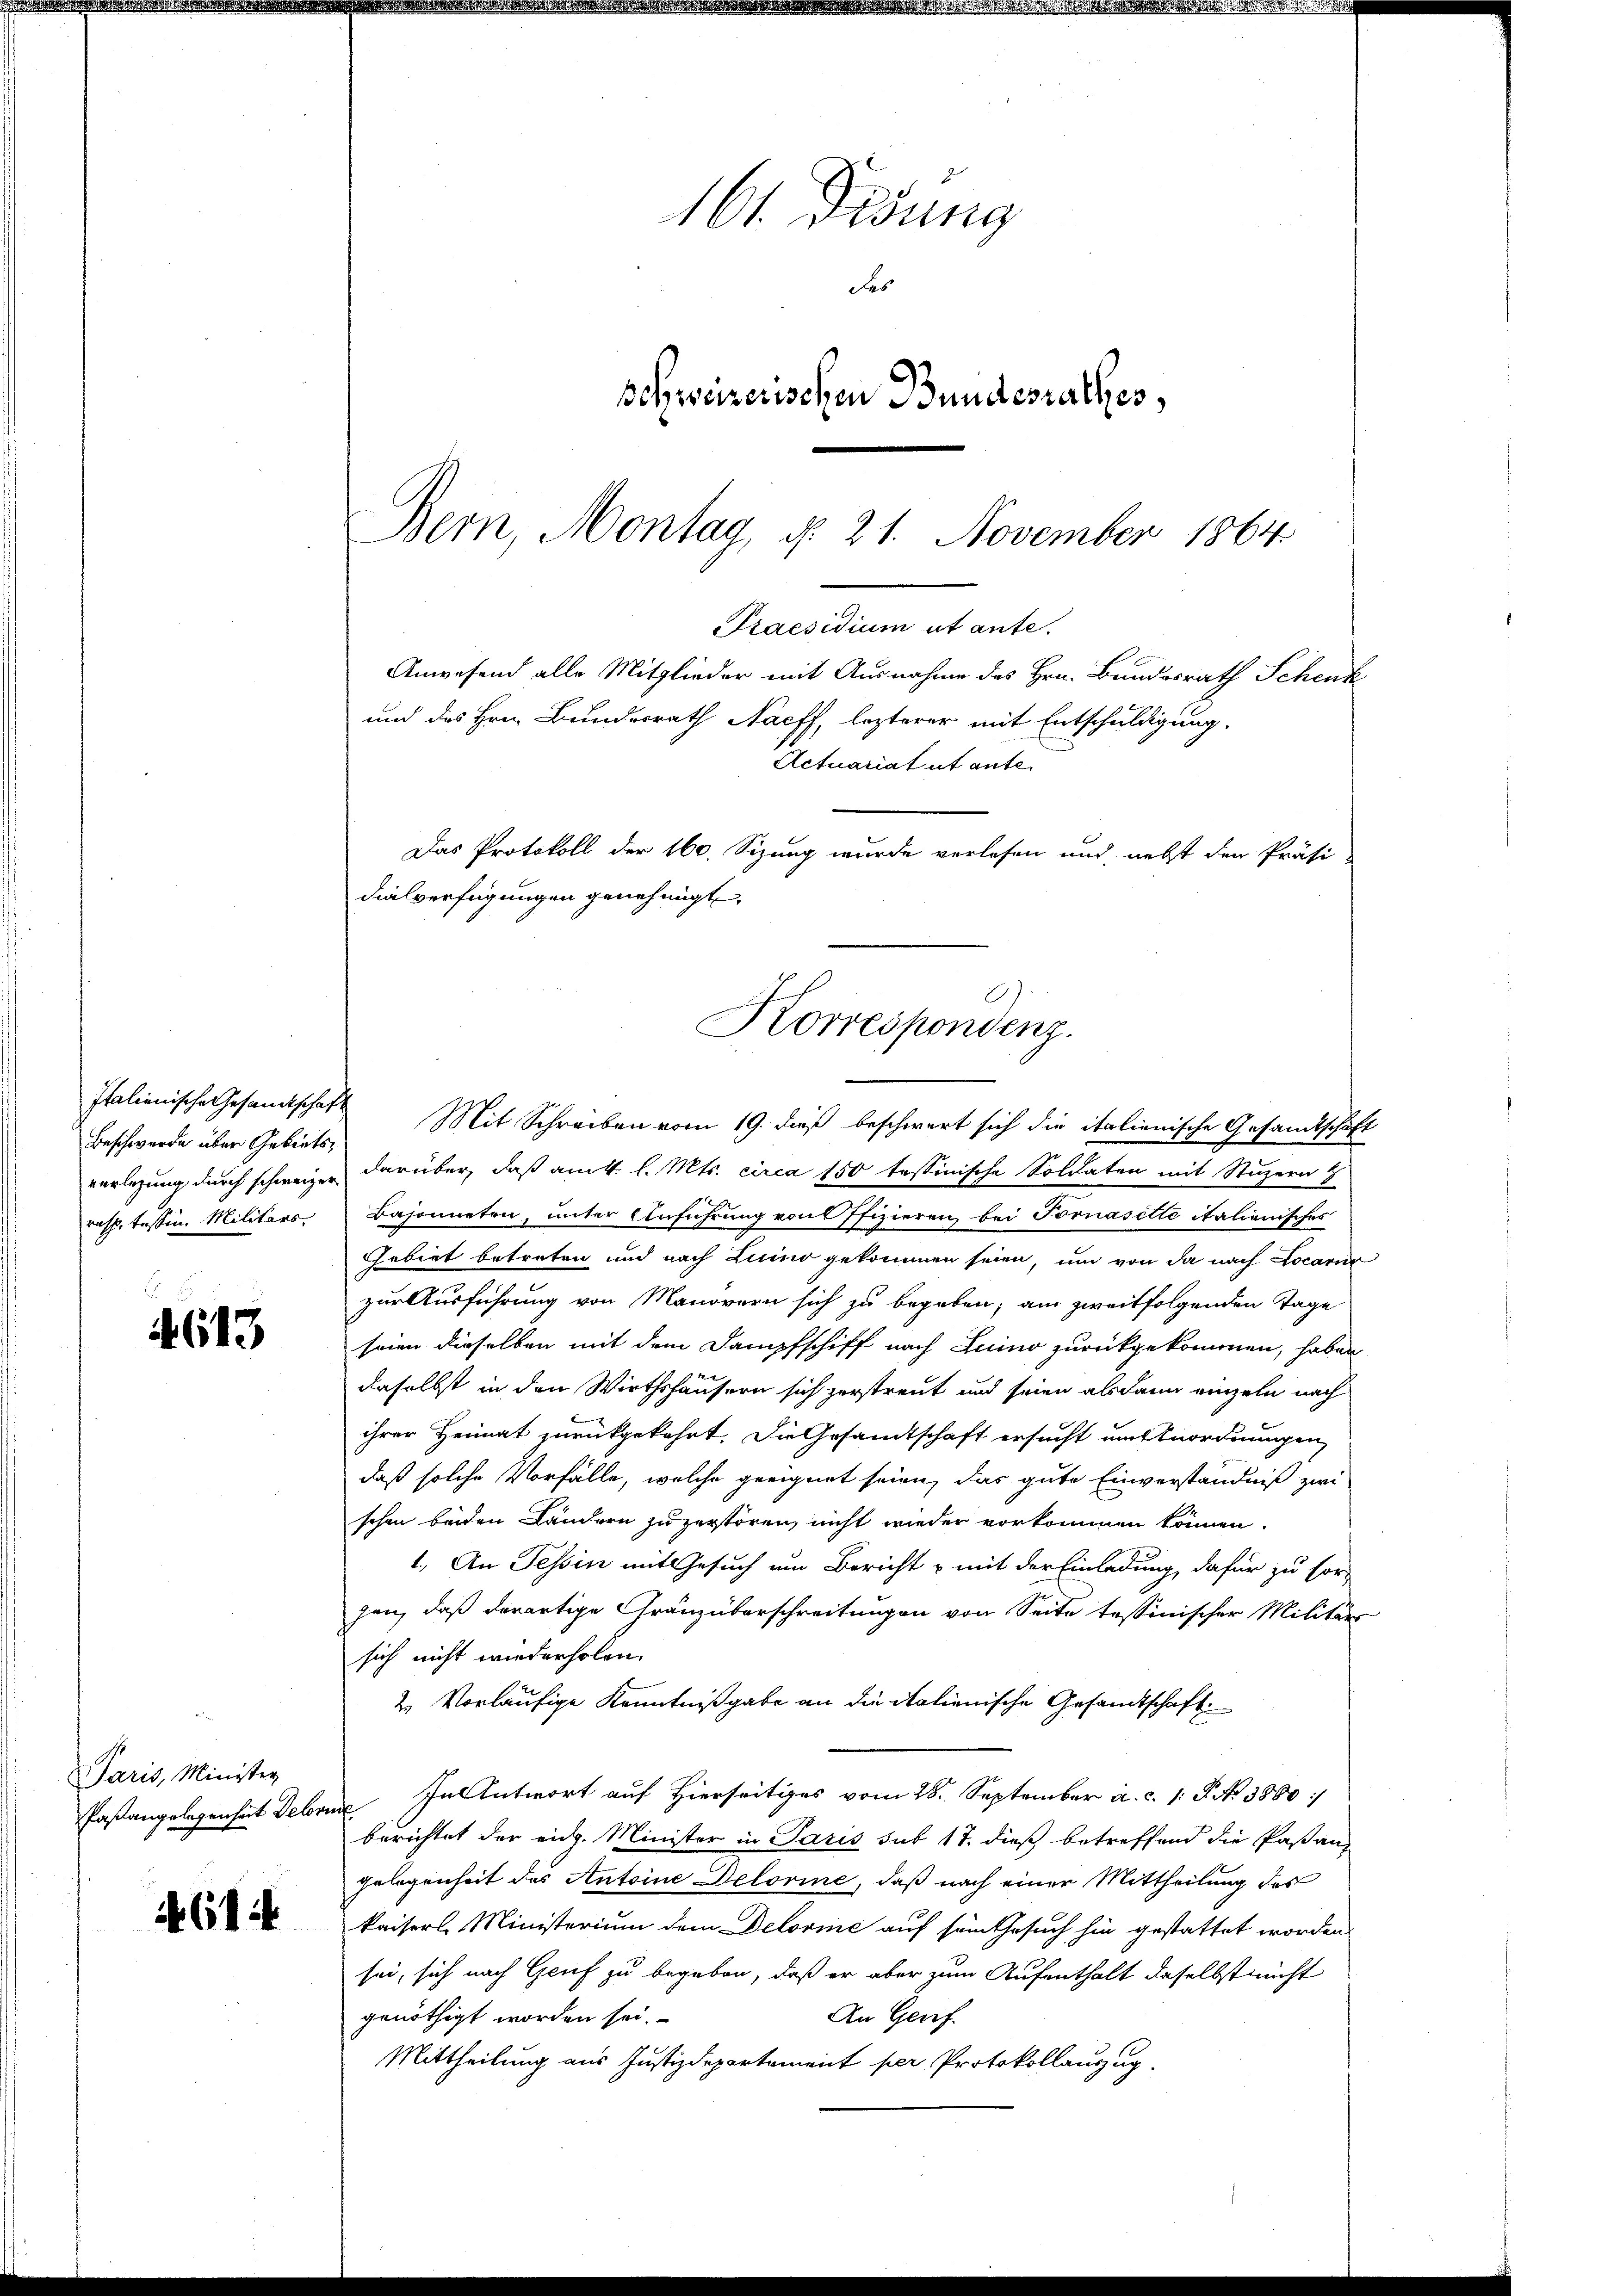
Beschwerde über Gebiets
resp. Tessin, Militärs

4613

Paris, Minister
Paßangelegenheit Dekori

614

verlegung durch schweizer darüber, daß am 4. l. Mts. circa 150 tessinische Soldaten mit Stuzern &
Basonneten, unter Einführung von Pfizieren bei Fornasette italienisches
Gebiet betreten und nach Luino gekommen seien, um von da nach Locarur
zur Ausführung von Manövern sich zu begeben; am zweitfolgenden Tage
seien dieselben mit dem Dampfschiff nach Luino zurückgekommen, haben
daselbst in den Wirthshäusern sich zerstreut und seien alsdann einzeln nach
ihrer Heimat zurückgekehrt. Die Gesamtschaft ersucht um Anordnungen
daß solche Vorfälle, welche geeignet seien, das gute Einverständniß zwi
schon beiden Ländern zu zerstören, nicht wieder vorkommen können.
1.) An Tessin mit Gesuch um Bericht & mit der Einladung, dafür zu sor-
gen, daß derartige Gränzüberschreitungen von Seite tessinischer Militärs
sich nicht wiederholen.
2. Vorläufige Kenntnißgabe an die italienische Gesandtschaft
In Antwort auf Hierseitiges vom 28. September a. c. 1: P. No 3860/
t
berichtet der eidg. Minister in Paris sub 17. dieß betreffend die Pastanz
Gelegenheit des Antoine Delorine, daß nach einer Mittheilung des
kaiserl. Ministerium dem Belović auf sein Gesuch hin gestattet worden
sei, sich nach Genf zu begeben, daß er aber zum Aufenthalt daselbst nicht
An Genf.
genöthigt worden sei.
Mittheilung aus Justizdepartement per Protokollauszug.

161. Didung
des
Behweizerischen Bundesrathes,

Bern, Montag, d. 21. November 1864
Praesidium ut ante.
Anwesend alle Mitglieder mit Ausnahme des Hrn. Bundesrath Schenk
und des Hrn. Bundesrath Nacff, lezterer mit Entschuldigung.
Actuariat et ante
Das Protokoll der 160. Sizung wurde verlesen und nebst den Präsi-
dialverfügungen genehmigt.
Korrespondenz.
Italienische Gesandtschaft Mit Schreiben vom 19. dieß beschwert sich die italienische Gesandtschäft